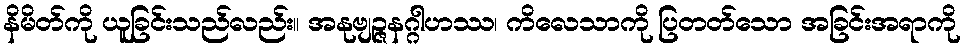
နိမိတ်ကို ယူခြင်းသည်လည်း။ အနုဗျဉ္ဇနဂ္ဂါဟဿ၊ ကိလေသာကို ပြတတ်သော အခြင်းအရာကို